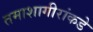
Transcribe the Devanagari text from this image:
तमाशागीरांकडे